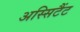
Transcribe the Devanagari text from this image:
अस्सिटैंट